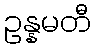
ဥန္နမတီ